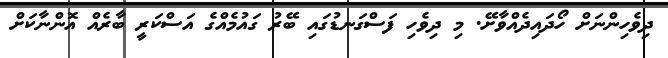
ދިވެހިންނަށް ހޯދައިދެއްވާށޭ. މި ދިވެހި ފަސްގަނޑުގައި ބޭރު ގައުމެއްގެ އަސްކަރީ ބާރެއް އޮންނާކަށް